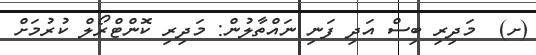
(ށ)  މަދިރި ބިސް އަދި ފަނި ނައްތާލުން: މަދިރި ކޮންޓްރޯލް ކުރުމަށް